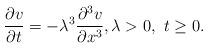
LaTeX: \begin{align*} \frac{\partial v}{\partial t}= -\lambda^3\frac{\partial^3 v}{\partial x^3}, \lambda > 0, \ t\geq 0. \end{align*}